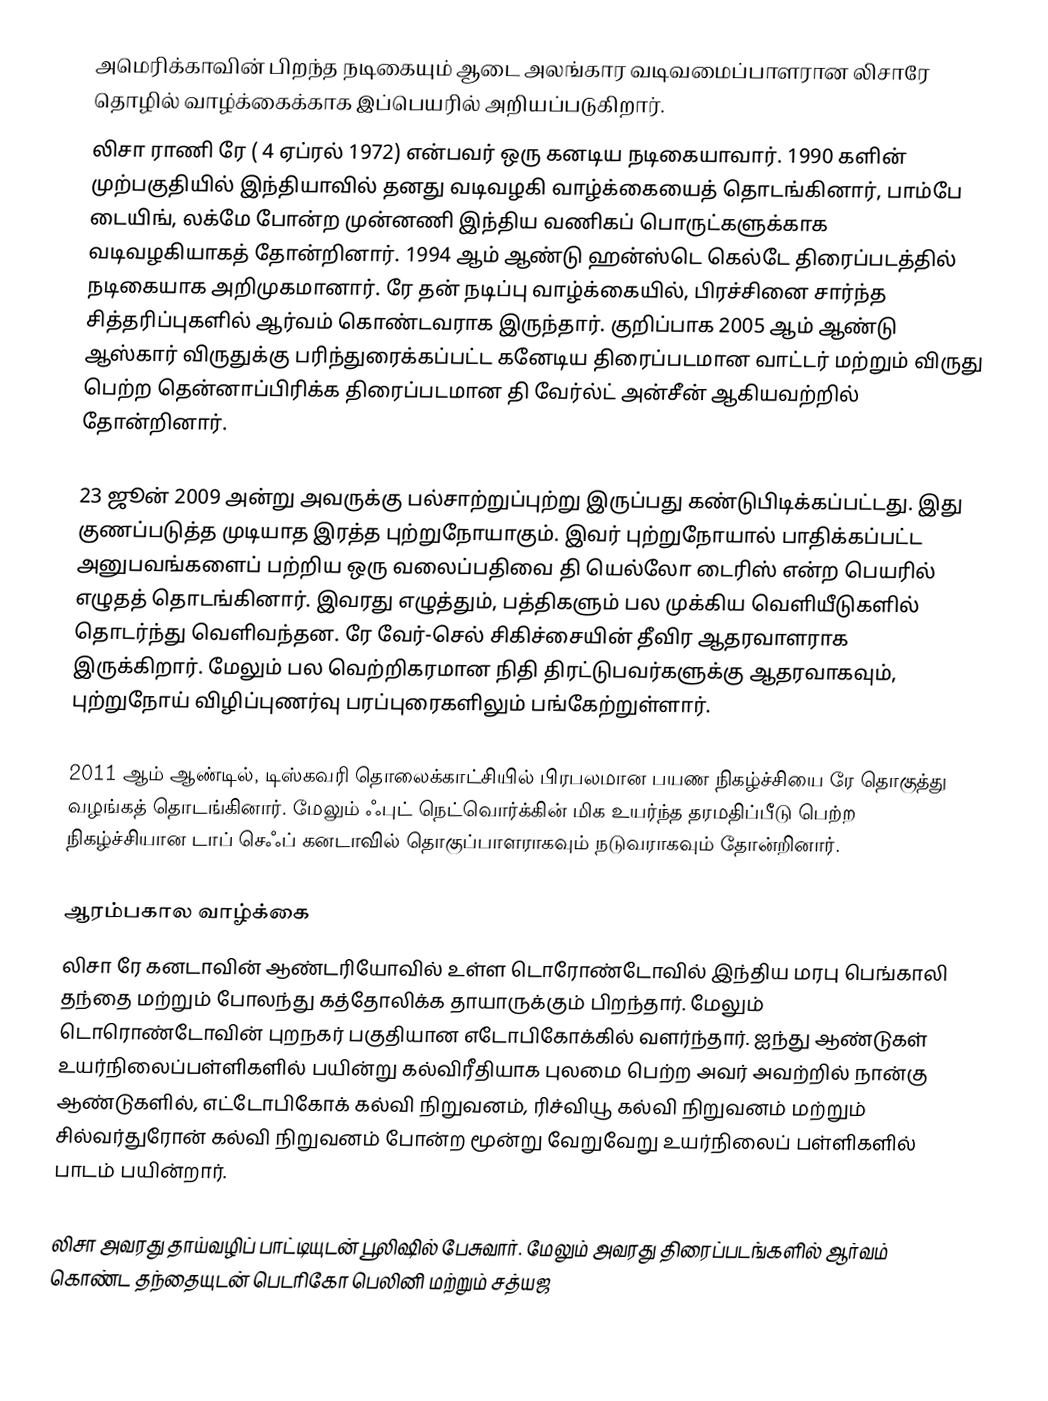
அமெரிக்காவின் பிறந்த நடிகையும் ஆடை அலங்கார வடிவமைப்பாளரான லிசாரே தொழில் வாழ்க்கைக்காக இப்பெயரில் அறியப்படுகிறார்.
லிசா ராணி ரே ( 4 ஏப்ரல் 1972) என்பவர் ஒரு கனடிய நடிகையாவார். 1990 களின் முற்பகுதியில் இந்தியாவில் தனது வடிவழகி வாழ்க்கையைத் தொடங்கினார், பாம்பே டையிங், லக்மே போன்ற முன்னணி இந்திய வணிகப் பொருட்களுக்காக வடிவழகியாகத் தோன்றினார். 1994 ஆம் ஆண்டு ஹன்ஸ்டெ கெல்டே திரைப்படத்தில் நடிகையாக அறிமுகமானார். ரே தன் நடிப்பு வாழ்க்கையில், பிரச்சினை சார்ந்த சித்தரிப்புகளில் ஆர்வம் கொண்டவராக இருந்தார். குறிப்பாக 2005 ஆம் ஆண்டு ஆஸ்கார் விருதுக்கு பரிந்துரைக்கப்பட்ட கனேடிய திரைப்படமான வாட்டர் மற்றும் விருது பெற்ற தென்னாப்பிரிக்க திரைப்படமான தி வேர்ல்ட் அன்சீன் ஆகியவற்றில் தோன்றினார்.

23 ஜூன் 2009 அன்று அவருக்கு பல்சாற்றுப்புற்று இருப்பது கண்டுபிடிக்கப்பட்டது. இது குணப்படுத்த முடியாத இரத்த புற்றுநோயாகும். இவர் புற்றுநோயால் பாதிக்கப்பட்ட அனுபவங்களைப் பற்றிய ஒரு வலைப்பதிவை தி யெல்லோ டைரிஸ் என்ற பெயரில் எழுதத் தொடங்கினார். இவரது எழுத்தும், பத்திகளும் பல முக்கிய வெளியீடுகளில் தொடர்ந்து வெளிவந்தன. ரே வேர்-செல் சிகிச்சையின் தீவிர ஆதரவாளராக இருக்கிறார். மேலும் பல வெற்றிகரமான நிதி திரட்டுபவர்களுக்கு ஆதரவாகவும், புற்றுநோய் விழிப்புணர்வு பரப்புரைகளிலும் பங்கேற்றுள்ளார்.

2011 ஆம் ஆண்டில், டிஸ்கவரி தொலைக்காட்சியில் பிரபலமான பயண நிகழ்ச்சியை ரே தொகுத்து வழங்கத் தொடங்கினார். மேலும் ஃபுட் நெட்வொர்க்கின் மிக உயர்ந்த தரமதிப்பீடு பெற்ற நிகழ்ச்சியான டாப் செஃப் கனடாவில் தொகுப்பாளராகவும் நடுவராகவும் தோன்றினார்.

ஆரம்பகால வாழ்க்கை
லிசா ரே கனடாவின் ஆண்டரியோவில் உள்ள டொரோண்டோவில் இந்திய மரபு பெங்காலி தந்தை மற்றும் போலந்து கத்தோலிக்க தாயாருக்கும்  பிறந்தார். மேலும் டொரொண்டோவின் புறநகர் பகுதியான எடோபிகோக்கில் வளர்ந்தார். ஐந்து ஆண்டுகள் உயர்நிலைப்பள்ளிகளில் பயின்று கல்விரீதியாக புலமை பெற்ற அவர் அவற்றில் நான்கு ஆண்டுகளில், எட்டோபிகோக் கல்வி நிறுவனம், ரிச்வியூ கல்வி நிறுவனம் மற்றும் சில்வர்துரோன் கல்வி நிறுவனம் போன்ற மூன்று வேறுவேறு உயர்நிலைப் பள்ளிகளில் பாடம் பயின்றார்.

லிசா அவரது தாய்வழிப் பாட்டியுடன் பூலிஷில் பேசுவார். மேலும் அவரது திரைப்படங்களில் ஆர்வம் கொண்ட தந்தையுடன் பெடரிகோ பெலினி மற்றும் சத்யஜ